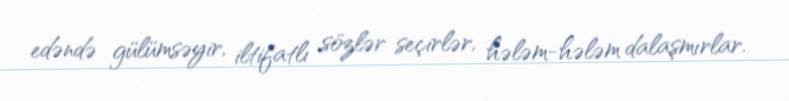
edəndə gülümsəyir, iltifatlı sözlər seçirlər, hələm-hələm dalaşmırlar.